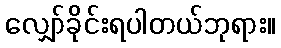
လျှော်ခိုင်းရပါတယ်ဘုရား။